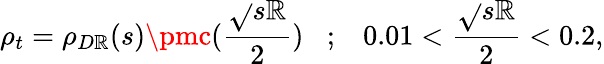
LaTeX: \rho_{t}=\rho_{D\mathbb{R}}(s)\pmc(\frac{{\sqrt{}{{s}}\mathbb{R}}}{{2}})\; \; \; ;\; \; \; 0.01<\frac{{\sqrt{}{{s}}\mathbb{R}}}{{2}}<0.2,